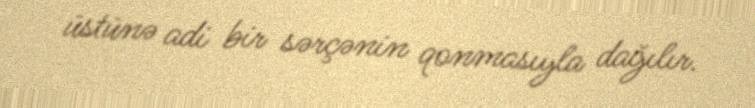
üstünə adi bir sərçənin qonmasıyla dağılır.